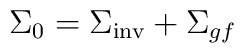
\Sigma_0 = {\Sigma}_{\rm inv} + {\Sigma}_{gf}